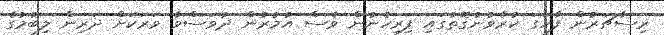
ރިސާޗަރުން ފާހަގަ ކުރެވުނުގޮތުގައި ފިރިހެނުން ވެސް އުމުރުން ދުވަސްވާ ވަރަކަށް ދަރިން ލިބުމުގެ